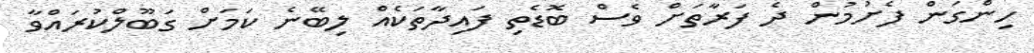
ހިންގަން ފެށުމުން ދެ ފަރާތަށް ވެސް ބޮޑެތި ފައިދާތަކެއް ލިބޭނެ ކަމަށް ގަބޫލްކުރައްވާ